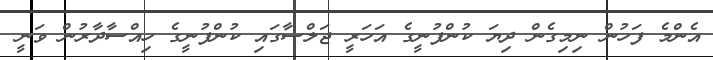
އެންމެ ފަހުން ނިމިގެން ދިޔަ ކުންފުނީގެ އަހަރީ ޖަލްސާގައި ކުންފުނީގެ ހިއްސާދާރުން ވަނީ